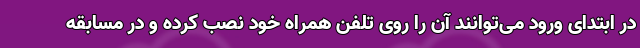
در ابتدای ورود می‌توانند آن را روی تلفن همراه خود نصب کرده و در مسابقه